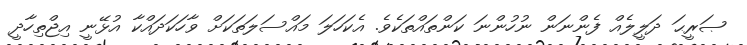
ޞަރީޙަ ދަލީލެއް ފެންނަން ނުހުންނަ ކަންތައްތަކެވެ. އެކަހަލަ މައްސަލަތަކަށް ވާހަކަދައްކާ އުޅޭނީ އިޖްތިހާދީ